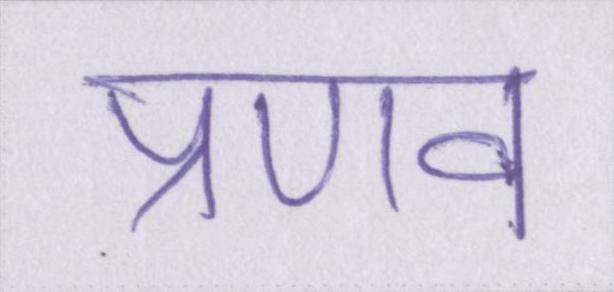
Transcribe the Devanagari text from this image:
प्रणव